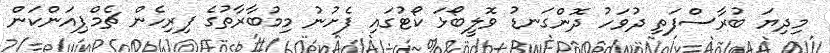
މިދިޔަ ބުރާސްފަތި ދުވަހު ދޮންގަނޑު ވޮލީބޯޅަ ކޯޓުގައި ފެށުނު މިމުބާރާތުގެ ފިރިހެން ޗެމްޕިއަންކަން